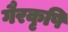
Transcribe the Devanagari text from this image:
गैरकृषि